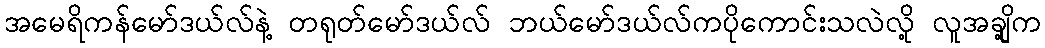
အမေရိကန်မော်ဒယ်လ်နဲ့ တရုတ်မော်ဒယ်လ် ဘယ်မော်ဒယ်လ်ကပိုကောင်းသလဲလို့ လူအချို့က